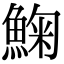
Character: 䱡